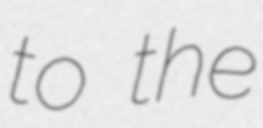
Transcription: to the